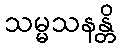
သမ္မသနန္တိ